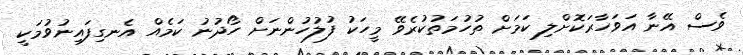
ވެސް އޭނާ އަވަހާރަކޮށްލި ކަމަށް ތުހުމަތުކުރެވޭ މީހަކު ފުލުހުންނަށް ހޯދުނު ކަމެއް އެނގިފައިނުވުމަކީ